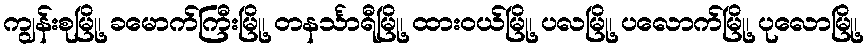
ကျွန်းစုမြို့၊ ခမောက်ကြီးမြို့၊ တနင်္သာရီမြို့၊ ထားဝယ်မြို့၊ ပလမြို့၊ ပလောက်မြို့၊ ပုလောမြို့၊